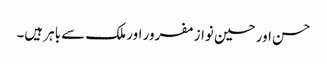
حسن اور حسین نواز مفرور اور ملک سے باہر ہیں۔